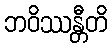
ဘဝိဿန္တီတိ